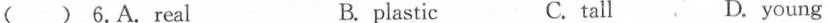
( ) 6.A.real B. plastic C. tall D.young